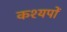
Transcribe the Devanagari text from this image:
कश्यपों